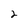
Character: 2